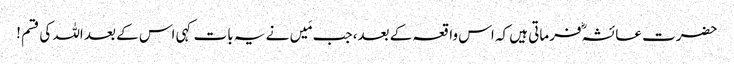
حضرت عائشہؓ فرماتی ہیں کہ اس واقعہ کے بعد، جب مَیں نے یہ بات کہی اس کے بعد اللہ کی قسم !